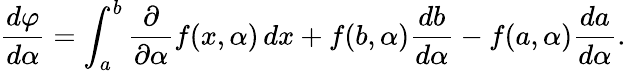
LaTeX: {\frac{d\varphi}{d\alpha}}=\int_{a}^{b}{\frac{\partial}{\partial\alpha}}f(x,\alpha)\, dx+f(b,\alpha){\frac{db}{d\alpha}}-f(a,\alpha){\frac{da}{d\alpha}}.